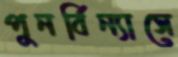
পুনর্বিন্যাসে